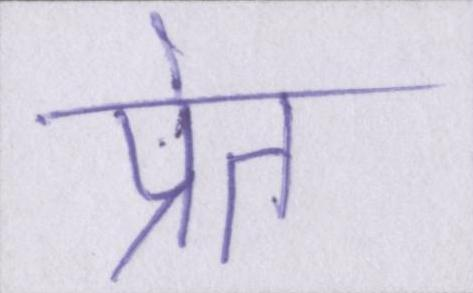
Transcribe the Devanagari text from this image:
प्रेत